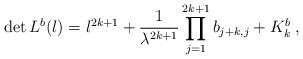
LaTeX: \begin{align*} \det L^b(\l)=\l^{2k+1}+\frac{1}{\lambda^{2k+1}}\prod_{j=1}^{2k+1}b_{j+k,j}+K_k^b\;, \end{align*}